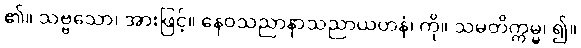
၏။ သဗ္ဗသော၊ အားဖြင့်။ နေဝသညာနာသညာယတနံ၊ ကို။ သမတိက္ကမ္မ၊ ၍။